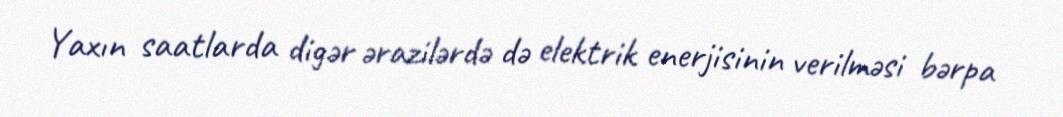
Yaxın saatlarda digər ərazilərdə də elektrik enerjisinin verilməsi bərpa